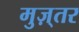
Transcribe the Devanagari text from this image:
मुज़्तर